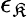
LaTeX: \epsilon_{\mathfrak{K}}